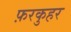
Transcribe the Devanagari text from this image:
फ़रकुहर